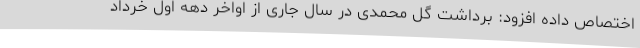
اختصاص داده افزود: برداشت گل محمدی در سال جاری از اواخر دهه اول خرداد